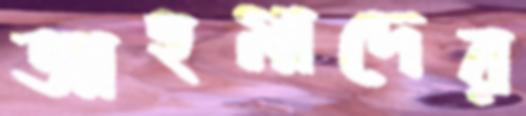
আহমাদের